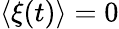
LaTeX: \langle\xi(t)\rangle=0